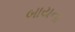
બાયના